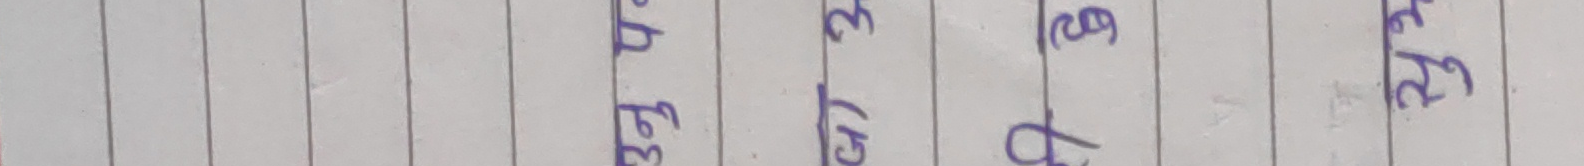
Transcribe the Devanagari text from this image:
ख) २५